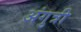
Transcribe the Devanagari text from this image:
अंगुत्री